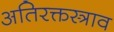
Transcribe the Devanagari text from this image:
अतिरक्तस्त्राव